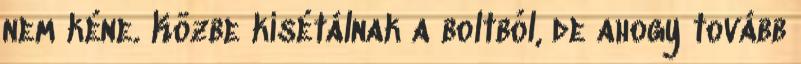
nem kéne. Közbe kisétálnak a boltból, de ahogy tovább